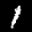
Label: 1